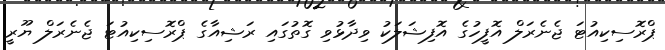
ޕްރޮސިކިއުޓަ ޖެނެރަލް އޮފީހުގެ އޮފިޝަލަކު ވިދާޅުވި ގޮތުގައި ރަޝިއާގެ ޕްރޮސިކިއުޓަ ޖެނެރަލް ޔޫރީ